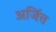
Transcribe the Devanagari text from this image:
अर्जित्त